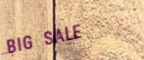
BIG SALE